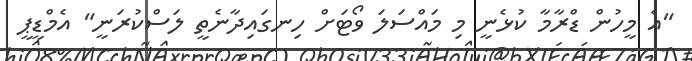
"އެ މީހުން ޑްރާމާ ކުޅެނީ މި މައްސަލަ ވޯޓަށް ހިނގައިދާނެތީ ލަސްކުރަނީ" އެމްޑީޕީ